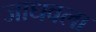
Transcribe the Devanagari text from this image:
जाधवला